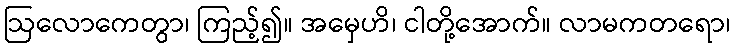
ဩလောကေတွာ၊ ကြည့်၍။ အမှေဟိ၊ ငါတို့အောက်။ လာမကတရော၊